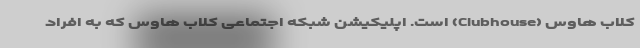
کلاب هاوس (Clubhouse) است. اپلیکیشن شبکه اجتماعی کلاب هاوس که به افراد